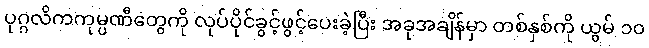
ပုဂ္ဂလိကကုမ္ပဏီတွေကို လုပ်ပိုင်ခွင့်ဖွင့်ပေးခဲ့ပြီး အခုအချိန်မှာ တစ်နှစ်ကို ယွမ် ၁၀